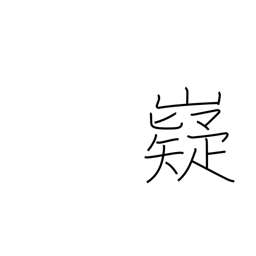
Meaning: wise